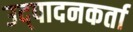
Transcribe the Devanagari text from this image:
उद्पादनकर्ता